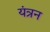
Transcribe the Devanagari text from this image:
यंत्रन